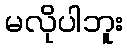
မလိုပါဘူး